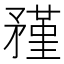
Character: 𥎊